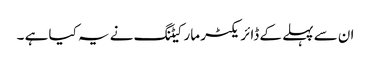
ان سے پہلے کے ڈائریکٹر مارکیٹنگ نے یہ کیا ہے ۔